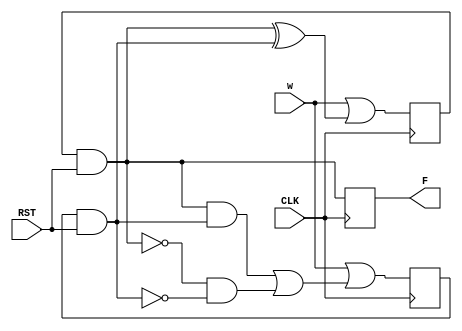

module bai14 (CLK, RST, w,  F);

input CLK,  w, RST;

output reg  F ;
 reg Q1,Q2;
 reg D1 = 1'b0 ;
reg D2 = 1'b0 ;
always@ (posedge CLK ) begin

		Q1 = D1 & RST ;
	   Q2 = D2 & RST ;
		F = Q1;
		D1 = (w | (Q1 ^ Q2))  ;
	   D2 = (w | ((Q1 & Q2) | ((~Q1)) & (~Q2)))  ; 
end

endmodule